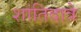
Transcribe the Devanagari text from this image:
शांतिदात्रे